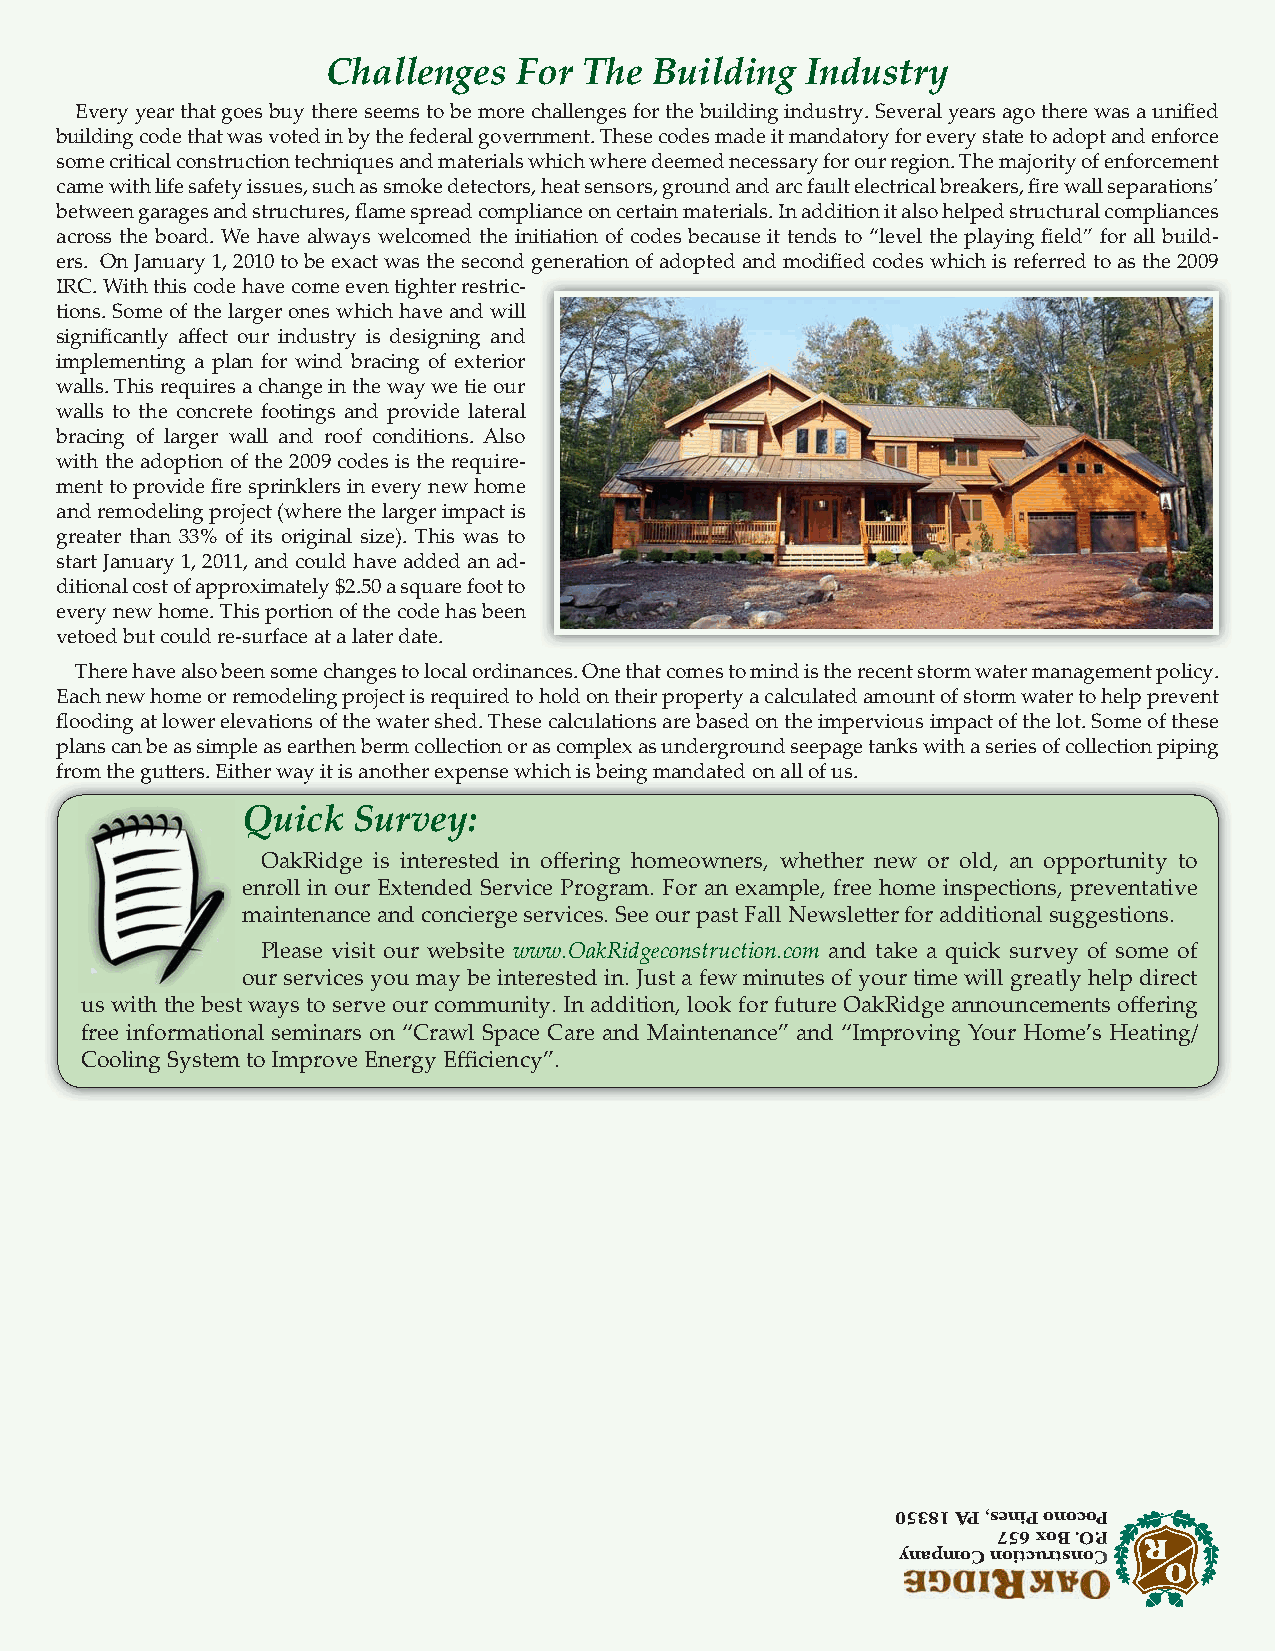
Challenges  For  The Building  Industry
 Every year that goes buy there seems to be more challenges for the building industry. Several years ago there was a unified
 building code that was voted in by the federal government. These codes made it mandatory for every state to adopt and enforce
 some critical construction techniques and materials which where deemed necessary for our region. The majority of enforcement
 came with life safety issues, such as smoke detectors, heat sensors, ground and arc fault electrical breakers, fire wall separations’
 between garages and structures, flame spread compliance on certain materials. In addition it also helped structural compliances
 across the board. We have always welcomed the initiation of codes because it tends to “level the playing field” for all build-
 ers. On January 1, 2010 to be exact was the second generation of adopted and modified codes which is referred to as the 2009
 IRC. With this code have come even tighter restric-
 tions. Some of the larger ones which have and will
 significantly affect our industry is designing and
 implementing a plan for wind bracing of exterior
 walls. This requires a change in the way we tie our
 walls to the concrete footings and provide lateral
 bracing of larger wall and roof conditions. Also
 with the adoption of the 2009 codes is the require-
 ment to provide fire sprinklers in every new home
 and remodeling project (where the larger impact is
 greater than 33% of its original size). This was to
 start January 1, 2011, and could have added an ad-
 ditional cost of approximately $2.50 a square foot to
 every new home. This portion of the code has been
 vetoed but could re-surface at a later date.
 There have also been some changes to local ordinances. One that comes to mind is the recent storm water management policy.
 Each new home or remodeling project is required to hold on their property a calculated amount of storm water to help prevent
 flooding at lower elevations of the water shed. These calculations are based on the impervious impact of the lot. Some of these
 plans can be as simple as earthen berm collection or as complex as underground seepage tanks with a series of collection piping
 ffrroomm tthhee gguutttteerrss.. EEiitthheerr wwaayy iitt iiss aannootthheerr eexxppeennssee wwhhiicchh iiss bbeeiinngg mmaannddaatteedd oonn aallll ooff uuss..
 Quick  Survey:
 OakRidge is interested in offering homeowners, whether new or old, an opportunity to
 enroll in our Extended Service Program. For an example, free home inspections, preventative
 maintenance and concierge services. See our past Fall Newsletter for additional suggestions.
 Please visit our website www.OakRidgeconstruction.com and take a quick survey of some of
 our services you may be interested in. Just a few minutes of your time will greatly help direct
 us with the best ways to serve our community. In addition, look for future OakRidge announcements offering
 free informational seminars on “Crawl Space Care and Maintenance” and “Improving Your Home’s Heating/
 Cooling System to Improve Energy Efficiency”.
 0055338811 AAPP ,,sseenniiPP oonnooccooPP
 775566 xxooBB ..OO..PP
 yynnaappmmooCC nnooiittccuurrttssnnooCC